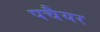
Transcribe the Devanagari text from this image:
पचैयर